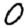
Digit: 0